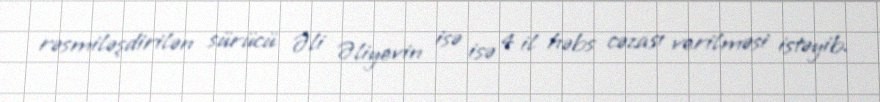
rəsmiləşdirilən sürücü Əli Əliyevin isə isə 4 il həbs cəzası verilməsi istəyib.